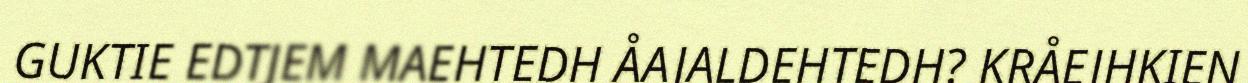
GUKTIE EDTJEM MAEHTEDH ÅAJALDEHTEDH? KRÅEJHKIEN